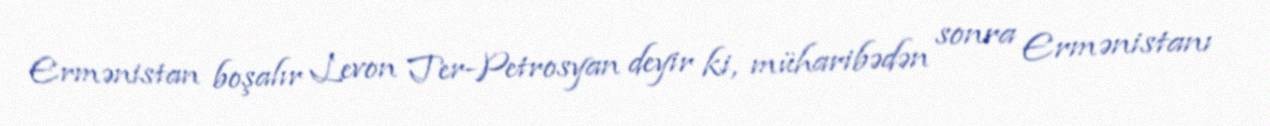
Ermənistan boşalır Levon Ter-Petrosyan deyir ki, müharibədən sonra Ermənistanı